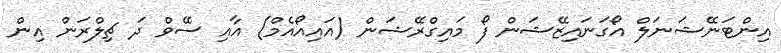
އިންޓަނޭޝަނަލް އޯގަނައިޒޭޝަން ފޯ މައިގްރޭޝަން (އައިއޯއެމް) އާއި ސޭވް ދަ ޗިލްރަން އިން